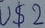
Text: U$F